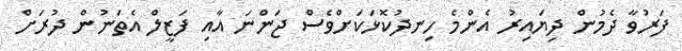
ފަރުވާ ދެމުން ދިޔައިރު އެންމެ ހިނދުކޮޅަކަށްވެސް ޖަންނަ އާއި ފަޒީލް އެތަނުން ދުރަށް